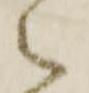
御